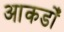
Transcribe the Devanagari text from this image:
आकडोँ